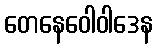
တေနေဝေါဝါဒေန